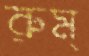
রুম্